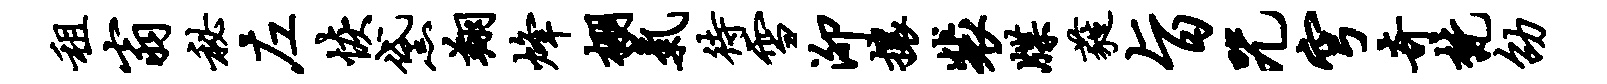
租翁秘左恢黛翔烽棚气待雪泖攘裴牒蕤旨咒穹奇梵劭